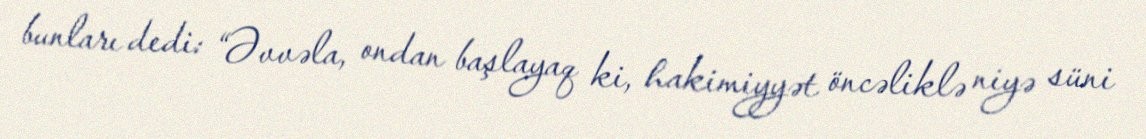
bunları dedi: “Əvvəla, ondan başlayaq ki, hakimiyyət öncəliklə niyə süni